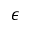
\epsilon